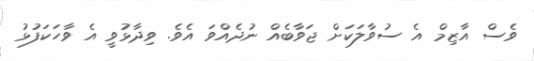
ވެސް އާޒިމް އެ ސުވާލަކަށް ޖަވާބެއް ނުދެއްވަ އެވެ. ވިދާޅުވީ އެ ވާހަކަފުޅު